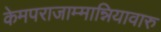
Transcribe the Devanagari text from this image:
केमपराजाम्मान्नियावारु